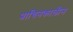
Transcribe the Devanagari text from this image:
प्राचिनकालीन